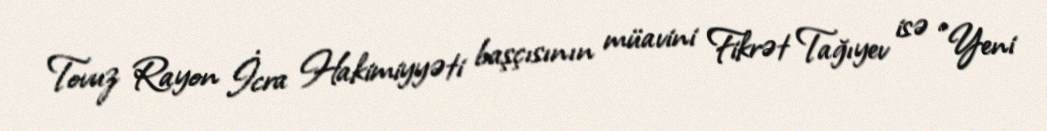
Tovuz Rayon İcra Hakimiyyəti başçısının müavini Fikrət Tağıyev isə “Yeni